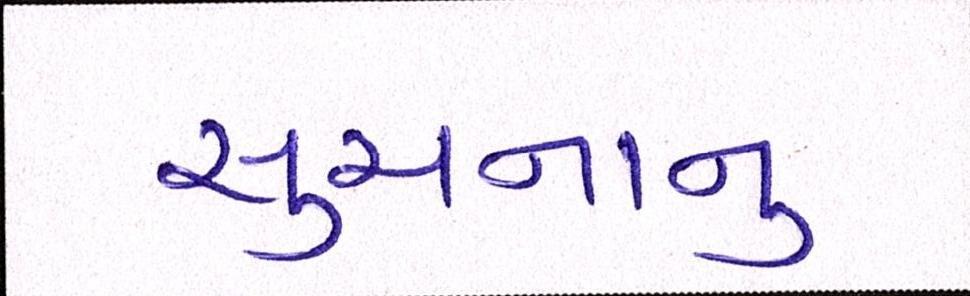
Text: સુચનાનુ